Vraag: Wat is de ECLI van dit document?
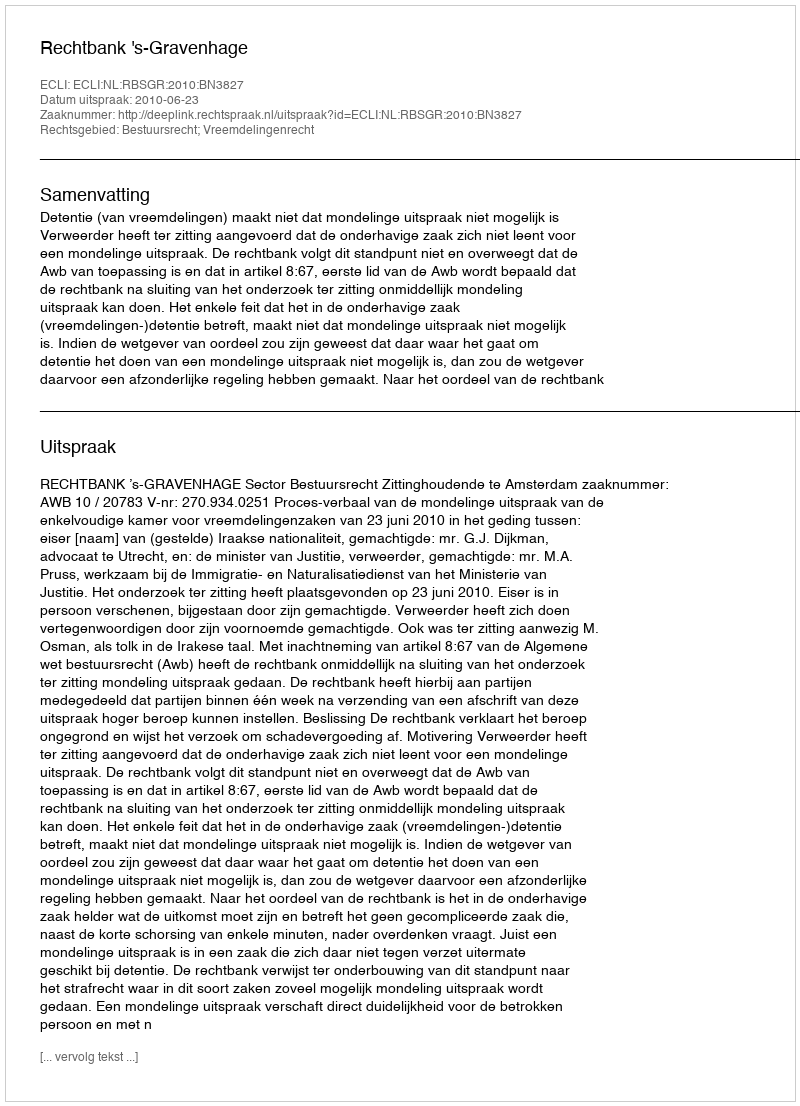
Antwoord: ECLI:NL:RBSGR:2010:BN3827